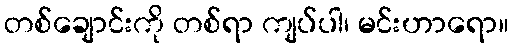
တစ်ချောင်းကို တစ်ရာ ကျပ်ပါ၊ မင်းဟာရော။